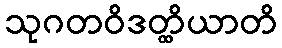
သုဂတဝိဒတ္ထိယာတိ